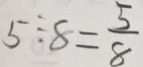
5 \div 8 = \frac { 5 } { 8 }